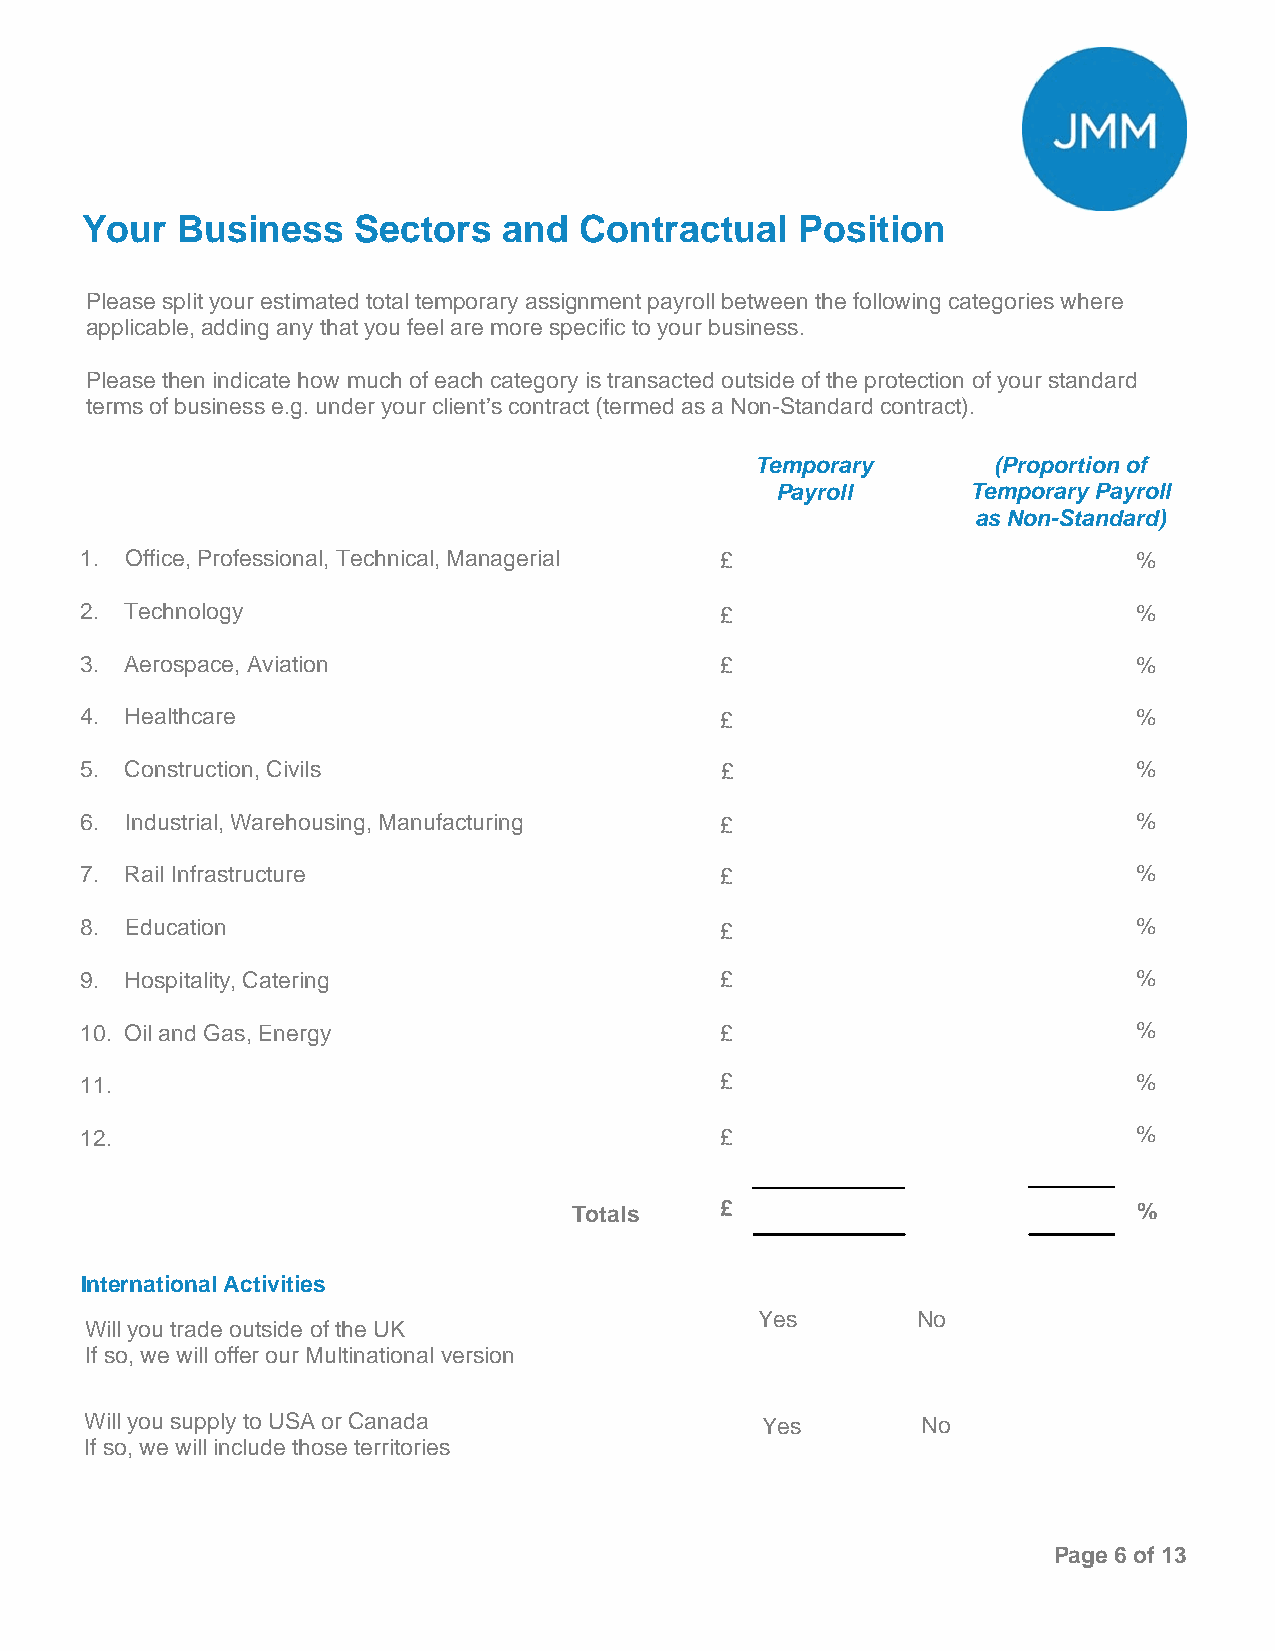
Your   Business   Sectors   and  Contractual    Position
 Please split your estimated total temporary assignment payroll between the following categories where
 applicable, adding any that you feel are more specific to your business.
 Please then indicate how much of each category is transacted outside of the protection of your standard
 terms of business e.g. under your client’s contract (termed as a Non-Standard contract).
 Temporary       (Proportion of
 Payroll      Temporary Payroll
 as Non-Standard)
 1. Office, Professional, Technical, Managerial £                      %
 2. Technology                              £                          %
 3. Aerospace, Aviation                     £                          %
 4. Healthcare                              £                          %
 5. Construction, Civils                    £                          %
 6. Industrial, Warehousing, Manufacturing  £                          %
 7. Rail Infrastructure                     £                          %
 8. Education                               £                          %
 9. Hospitality, Catering                   £                          %
 10. Oil and Gas, Energy                    £                          %
 11.                                        £                          %
 12.                                        £                          %
 Totals    £                          %
 International Activities
 Yes        No
 Will you trade outside of the UK
 If so, we will offer our Multinational version
 Will you supply to USA or Canada            Yes        No
 If so, we will include those territories
 Page 6 of 13